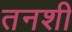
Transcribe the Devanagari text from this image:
तनशी